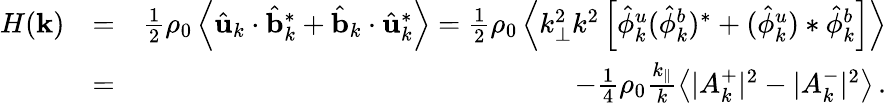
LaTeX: \begin{array}{rlr}{H({\mathbf k})}&{=}&{\frac{1}{2}\rho_{0}\left\langle\hat{\mathbf u}_{k}\cdot\hat{\mathbf b}_{k}^{*}+\hat{\mathbf b}_{k}\cdot\hat{\mathbf u}_{k}^{*}\right\rangle=\frac{1}{2}\rho_{0}\left\langle k_{\perp}^{2}k^{2}\left[\hat{\phi}_{k}^{u}(\hat{\phi}_{k}^{b})^{*}+(\hat{\phi}_{k}^{u})*\hat{\phi}_{k}^{b}\right]\right\rangle}\\ &{=}&{-\frac{1}{4}\rho_{0}\frac{k_{\parallel}}{k}\left\langle\vert A_{k}^{+}\vert^{2}-\vert A_{k}^{-}\vert^{2}\right\rangle\, .}\end{array}